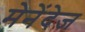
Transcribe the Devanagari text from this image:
मेनेंदेज